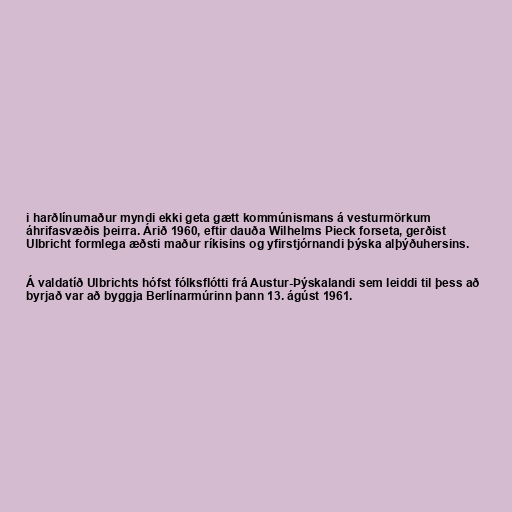
i harðlínumaður myndi ekki geta gætt kommúnismans á vesturmörkum
áhrifasvæðis þeirra. Árið 1960, eftir dauða Wilhelms Pieck forseta, gerðist
Ulbricht formlega æðsti maður ríkisins og yfirstjórnandi þýska alþýðuhersins.

Á valdatíð Ulbrichts hófst fólksflótti frá Austur-Þýskalandi sem leiddi til þess að
byrjað var að byggja Berlínarmúrinn þann 13. ágúst 1961.